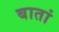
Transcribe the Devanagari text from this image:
बातां